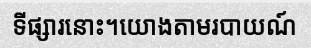
ទីផ្សារនោះ។យោងតាមរបាយណ៍